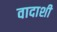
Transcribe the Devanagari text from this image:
वादाशी